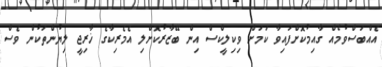
އެއްބަސްވުމެއް ގާއިމުކޮށްފައިވާ ކަމަށް ވިކިލީކްސް އިން ބޭޒާރުކޮށްލި އެމެރިކާގެ ޚާރިޖީ ލިޔުންތަކުން ވެސް